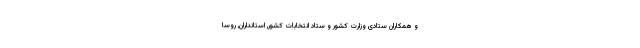
و همکاران ستادی وزارت کشور و ستاد انتخابات کشور, استانداران, روسا